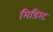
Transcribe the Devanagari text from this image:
मिडिस्ट